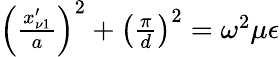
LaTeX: \begin{array}{r}{\left(\frac{x_{\nu 1}^{\prime}}{a}\right)^{2}+\left(\frac{\pi}{d}\right)^{2}=\omega^{2}\mu\epsilon}\end{array}